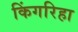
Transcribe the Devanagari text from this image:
किंगरिहा